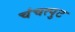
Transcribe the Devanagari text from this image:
चंचत्पुट